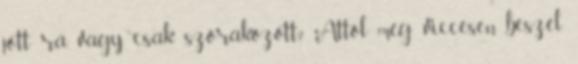
jött rá, vagy csak szórakozott? Attól még viccesen beszél,